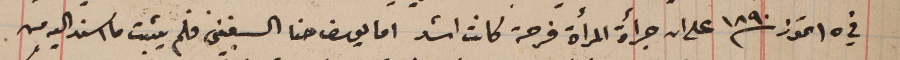
في ١٥ تموز سنة ١٨٩٠ على ان جرأة المرأة فرحة كانت اشد اما يوسف حنا السغبينى فلم يثبت ما اسند اليه من